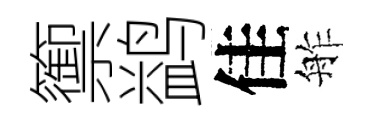
籞鹢佳舴